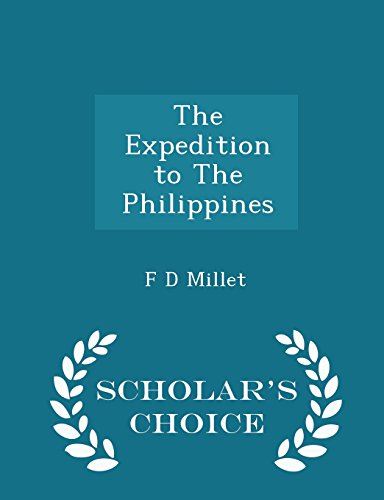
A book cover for The Expedition to The Philippines - Scholar's Choice Edition; F D Millet; Travel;